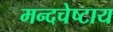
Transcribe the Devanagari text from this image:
मन्दचेष्टाय